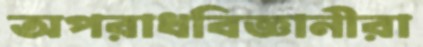
অপরাধবিজ্ঞানীরা